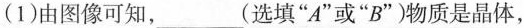
(1)由图像可知，____(选填”A”或”B”)物质是晶体，